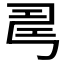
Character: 𢏚